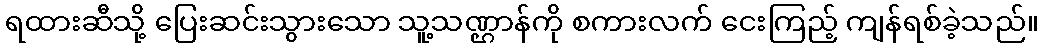
ရထားဆီသို့ ပြေးဆင်းသွားသော သူ့သဏ္ဌာန်ကို စကားလက် ငေးကြည့် ကျန်ရစ်ခဲ့သည်။